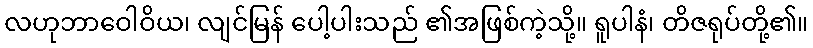
လဟုဘာဝေါဝိယ၊ လျင်မြန် ပေါ့ပါးသည် ၏အဖြစ်ကဲ့သို့။ ရူပါနံ၊ တိဇရုပ်တို့၏။